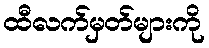
ထီလက်မှတ်များကို